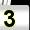
Digit: 3